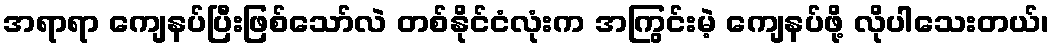
အရာရာ ကျေနပ်ပြီးဖြစ်သော်လဲ တစ်နိုင်ငံလုံးက အကြွင်းမဲ့ ကျေနပ်ဖို့ လိုပါသေးတယ်၊